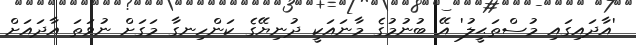
'އާދައިގައި މުސްތަޙީލު' އޭ ބުނުމުގެ މާނައަކީ ދުނިޔޭގެ ކަންހިނގާ މަގަށް ނުވަތަ އާދައަށް